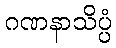
ဂဏနာသိပ္ပံ